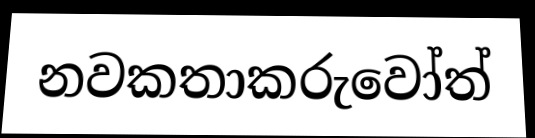
නවකතාකරුවෝත්